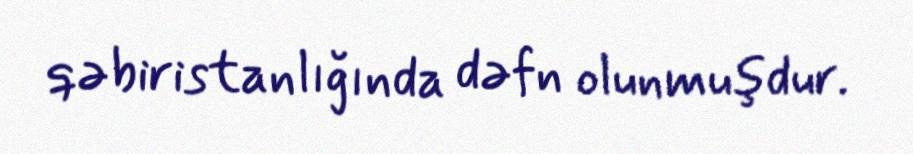
qəbiristanlığında dəfn olunmuşdur.